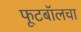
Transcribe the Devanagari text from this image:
फूटबॉलचा